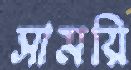
সাময়ি